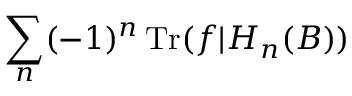
\displaystyle \sum _ { n } ( - 1 ) ^ { n } \operatorname { T r } ( f | H _ { n } ( B ) )